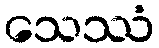
သေဿံ